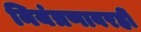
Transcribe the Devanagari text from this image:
नियंत्रणावरही